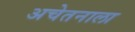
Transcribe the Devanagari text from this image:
अचेतनाला